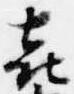
喜